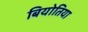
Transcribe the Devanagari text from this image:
बियोतिया